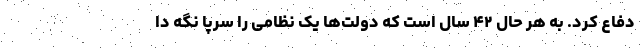
دفاع کرد. به هر حال ۴۲ سال است که دولت‌ها یک نظامی را سرپا نگه دا